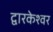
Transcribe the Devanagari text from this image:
द्वारकेश्वर